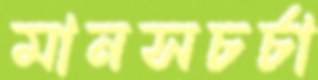
মানসচর্চা